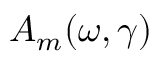
A _ { m } ( \omega , \gamma )